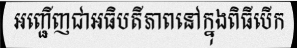
អញ្ជើញជាអធិបតីភាពនៅក្នុងពិធីបើក